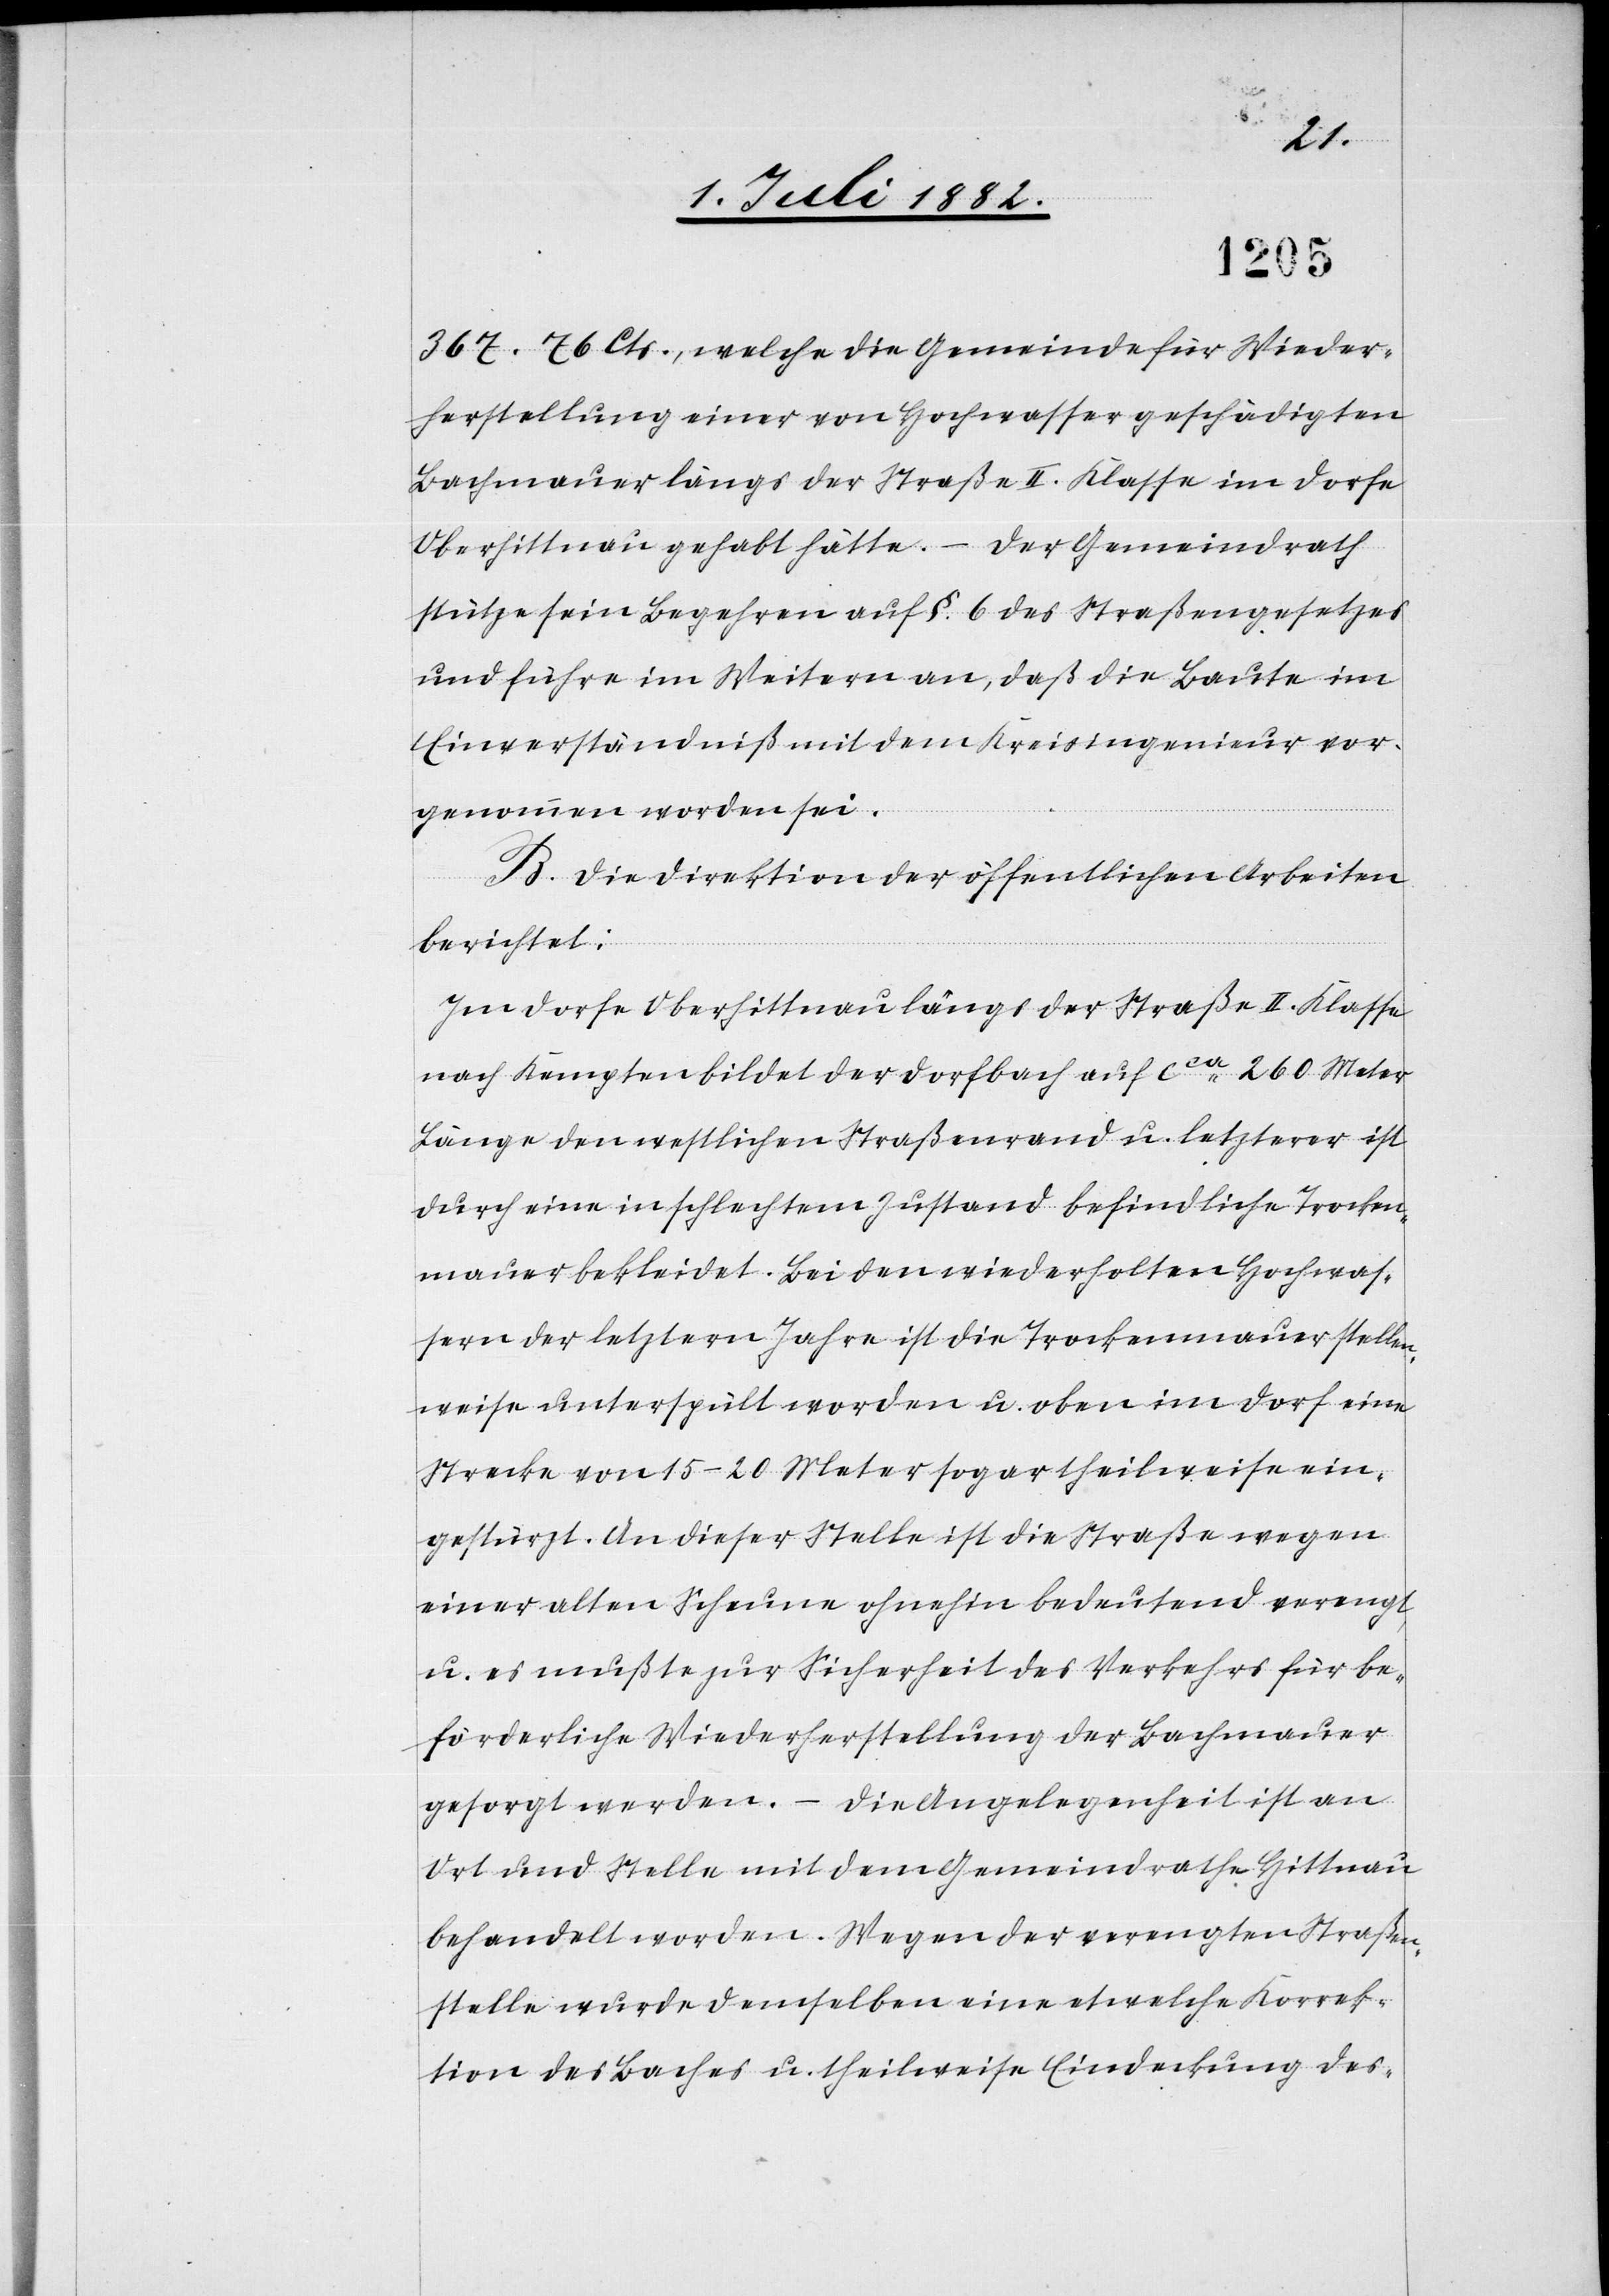
367. 76 Cts., welche die Gemeinde für Wieder¬
herstellung einer von Hochwasser geschädigten
Bachmauer längs der Straße II. Klasse im Dorfe
Oberhittnau gehabt hätte. – Der Gemeindrath
stütze sein Begehren auf §. 6 des Straßengesetzes
und führe im Weitern an, daß die Baute im
Einverständniß mit dem Kreisingenieur vor¬
genommen worden sei.
B. Die Direktion der öffentlichen Arbeiten
berichtet:
Im Dorfe Oberhittnau längs der Straße II. Klasse
nach Kempten bildet der Dorfbach auf ca 260 Meter
Länge den westlichen Straßenrand u. letzterer ist
durch eine in schlechtem Zustand befindliche Trocken¬
mauer bekleidet. Bei den wiederholten Hochwas¬
sern des letztern Jahre [sic!] ist die Trockenmauer stellen¬
weise unterspült worden u. oben im Dorf eine
Strecke von 10–20 Meter sogar theilweise ein¬
gestürzt. An dieser Stelle ist die Straße wegen
einer alten Scheune ohnehin bedeutend verengt,
u. es mußte zur Sicherheit des Verkehrs für be¬
förderliche Wiederherstellung der Bachmauer
Die Angelegenheit ist an
gesorgt werden. –
Ort und Stelle mit dem Gemeindrathe Hittnau
behandelt worden. Wegen der verengten Straßen¬
stelle wurde demselben eine etwelche Korrek¬
tion des Baches u. theilweise Eindeckung des-